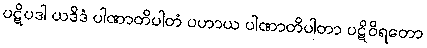
ပဋိပဒါ ယဒိဒံ ပါဏာတိပါတံ ပဟာယ ပါဏာတိပါတာ ပဋိဝိရတော